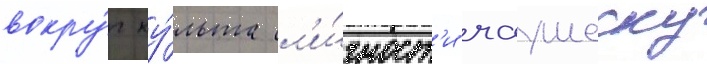
вокру́г ку́льта л'и́чност'и чаушеску